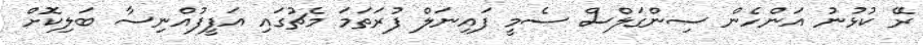
ރޭ ކުޅުނު އަންހެން ސިންގަލްސް ސެމީ ފައިނަލް ފުރަތަމަ މެޗުގައި އަފީފުއްނިސާ ބަލިކޮށް